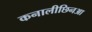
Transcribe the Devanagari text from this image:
कनालीछिनआ